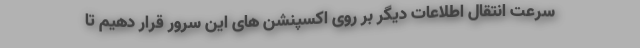
سرعت انتقال اطلاعات دیگر بر روی اکسپنشن های این سرور قرار دهیم تا